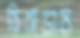
চিরাভ্যস্ত